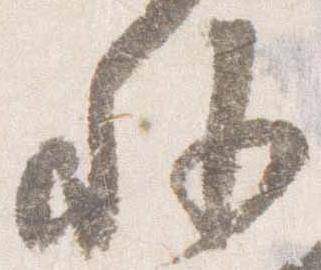
外